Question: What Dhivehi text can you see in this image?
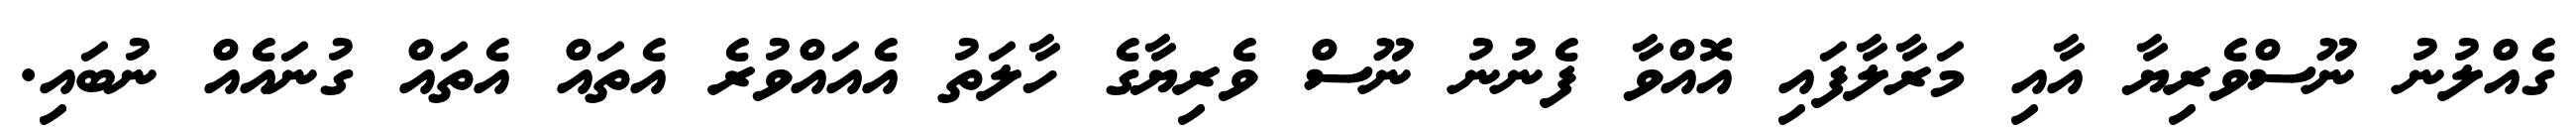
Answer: ގެއްލުނު ނޫސްވެރިޔާ އާއި މަރާލާފައި އޮއްވާ ފެނުނު ނޫސް ވެރިޔާގެ ހާލަތު އެއައްވުރެ އެތައް އެތައް ގުނައެއް ނުބައި.